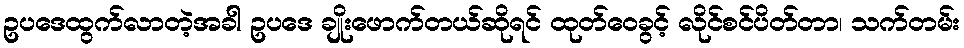
ဥပဒေထွက်လာတဲ့အခါ ဥပဒေ ချိုးဖောက်တယ်ဆိုရင် ထုတ်ဝေခွင့် လိုင်စင်ပိတ်တာ၊ သက်တမ်း